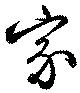
家